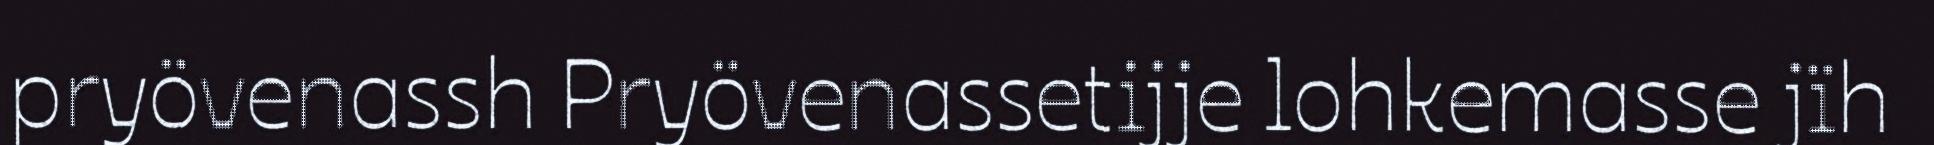
pryövenassh Pryövenassetijje lohkemasse jïh